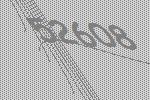
52608